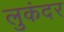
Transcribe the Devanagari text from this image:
लुकंदर